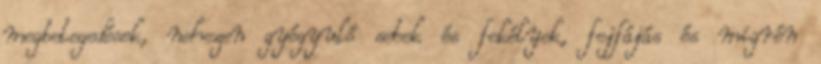
megbetegedések, nehezen gyógyuló sebek és fekélyek, fejfájás és migrén